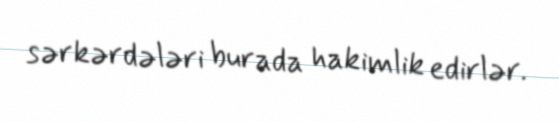
sərkərdələri burada hakimlik edirlər.